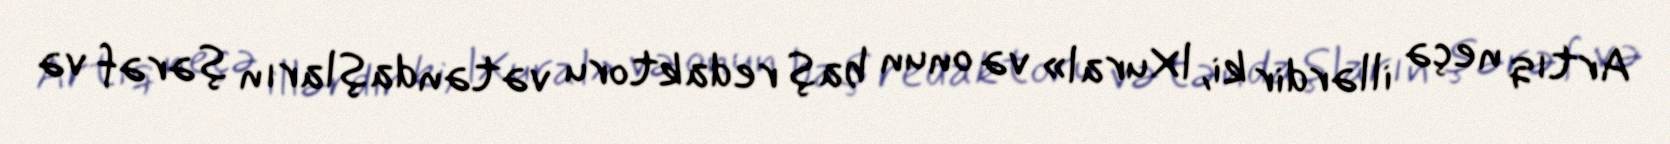
Artıq neçə illərdir ki, lXural» və onun baş redaktoru vətəndaşların şərəf və